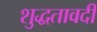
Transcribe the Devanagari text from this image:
शुद्धतावदी